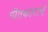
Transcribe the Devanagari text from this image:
गीतकाराचे